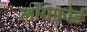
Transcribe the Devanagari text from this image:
लॉगफ़ोर्ड